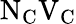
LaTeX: \mathrm{N}_{\mathrm{C}}\mathrm{V}_{\mathrm{C}}